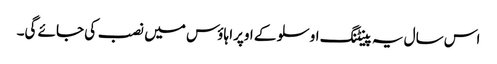
اس سال یہ پینٹنگ اوسلو کے اوپرا ہاؤس میں نصب کی جائے گی۔